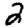
Digit: 2